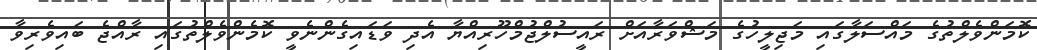
ކޮމަންވެލްތުގެ މައްސަލާގައި މަޖިލީހުގެ މަޝްވަރާއަށް ރައީސުލްޖުމްހޫރިއްޔާ އެދި ވަޑައިގެންނެވީ ކޮމެންވެލްތުގައި ރާއްޖެ ބައިވެރިވާ